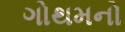
ગોથમનો